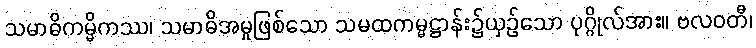
သမာဓိကမ္မိကဿ၊ သမာဓိအမှုဖြစ်သော သမထကမ္မဋ္ဌာန်း၌ယှဉ်သော ပုဂ္ဂိုလ်အား။ ဗလဝတီ၊